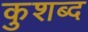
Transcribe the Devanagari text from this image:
कुशब्द